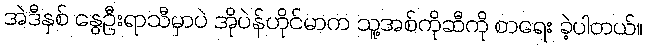
အဲဒီနှစ် နွေဦးရာသီမှာပဲ အိုပဲန်ဟိုင်မာက သူ့အစ်ကိုဆီကို စာရေး ခဲ့ပါတယ်။